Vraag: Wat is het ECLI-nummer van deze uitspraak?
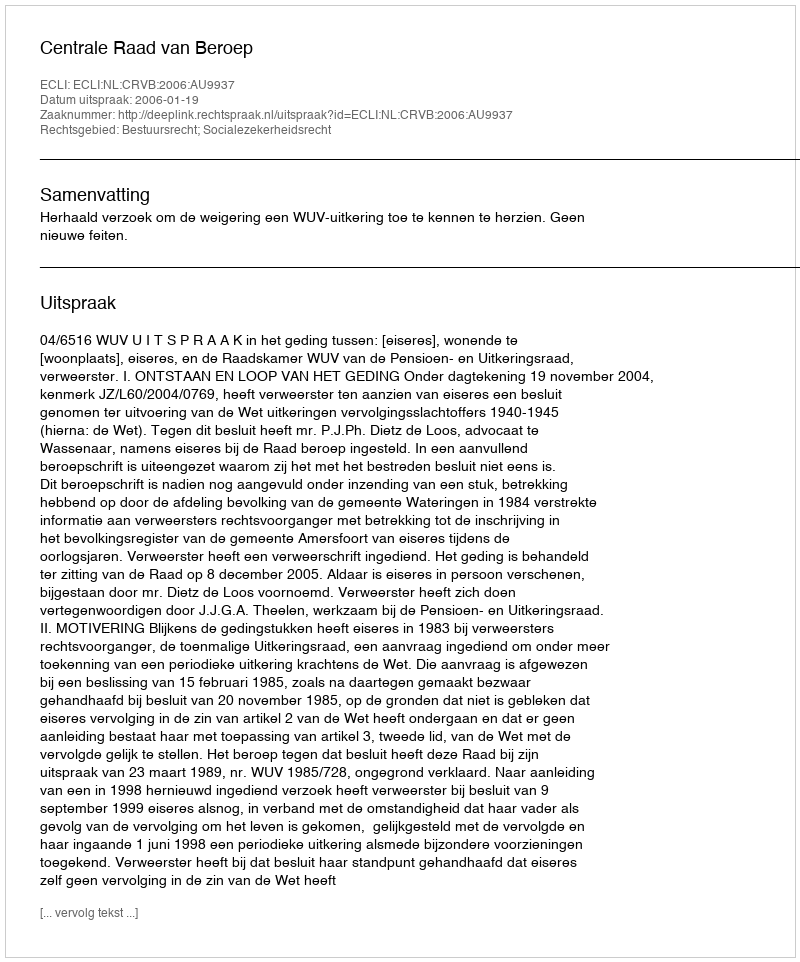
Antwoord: ECLI:NL:CRVB:2006:AU9937